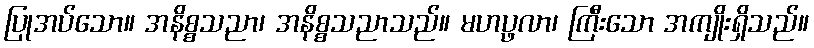
ပြုအပ်သော။ အနိစ္စသညာ၊ အနိစ္စသညာသည်။ မဟပ္ဖလာ၊ ကြီးသော အကျိုးရှိသည်။